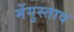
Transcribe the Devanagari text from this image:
मेंगुस्ताव